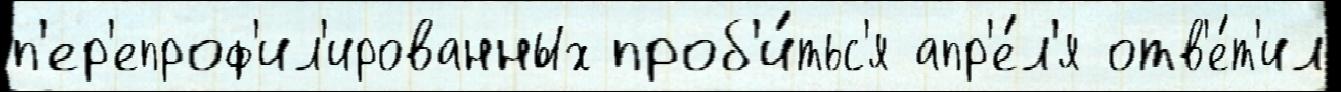
п'ер'епроф'ил'ированных проб'и́тьс'я апр'е́л'я отв'е́т'ил